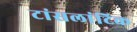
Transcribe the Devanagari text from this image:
टांसलांटिक